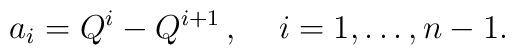
a_i =  Q^i - Q^{i+1}  \,, \, \quad i=1,  \ldots ,  n-1.